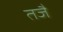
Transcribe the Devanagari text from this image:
तजै